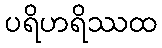
ပရိဟရိဿထ